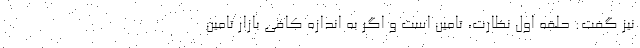
نیز گفت: حلقه اول نظارت، تامین است و اگر به اندازه کافی بازار تامین